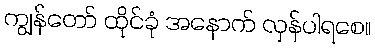
ကျွန်တော် ထိုင်ခုံ အနောက် လှန်ပါရစေ။